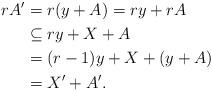
LaTeX: \begin{align*}rA' & = r(y+A) = ry + rA \\& \subseteq ry+X+A \\& = (r-1)y+X + (y+A) \\& = X' + A'.\end{align*}